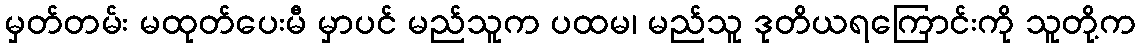
မှတ်တမ်း မထုတ်ပေးမီ မှာပင် မည်သူက ပထမ၊ မည်သူ ဒုတိယရကြောင်းကို သူတို့က